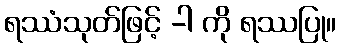
ရဿံသုတ်ဖြင့် -ါ ကို ရဿပြု။